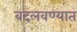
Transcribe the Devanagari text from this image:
बदलवण्यात